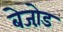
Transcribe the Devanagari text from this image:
बेजो़ड